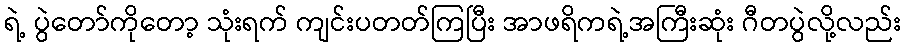
ရဲ့ ပွဲတော်ကိုတော့ သုံးရက် ကျင်းပတတ်ကြပြီး အာဖရိကရဲ့အကြီးဆုံး ဂီတပွဲလို့လည်း